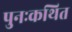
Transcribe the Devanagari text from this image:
पुनःकथित